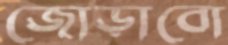
জোড়াবো